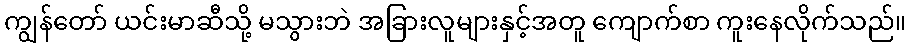
ကျွန်တော် ယင်းမာဆီသို့ မသွားဘဲ အခြားလူများနှင့်အတူ ကျောက်စာ ကူးနေလိုက်သည်။